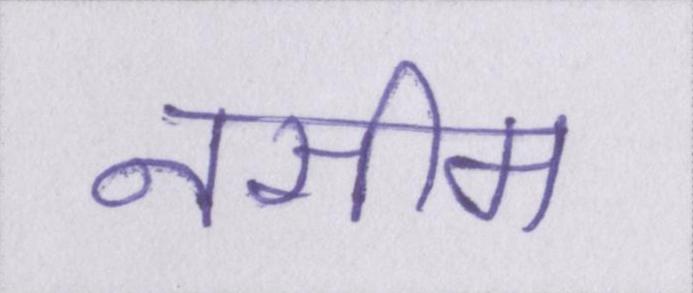
नसीम